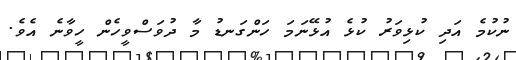
ނުކުމެ އަދި ކުޅިވަރު ކުޅެ އުޅޭނަމަ ހަންގަނޑު މާ ދުވަސްވީހެން ހީވާނެ އެވެ.